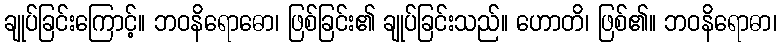
ချုပ်ခြင်းကြောင့်။ ဘဝနိရောဓော၊ ဖြစ်ခြင်း၏ ချုပ်ခြင်းသည်။ ဟောတိ၊ ဖြစ်၏။ ဘဝနိရောဓာ၊